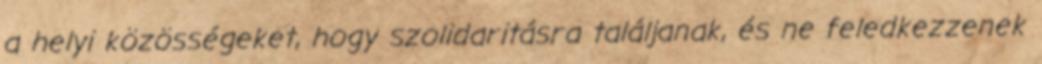
a helyi közösségeket, hogy szolidaritásra találjanak, és ne feledkezzenek